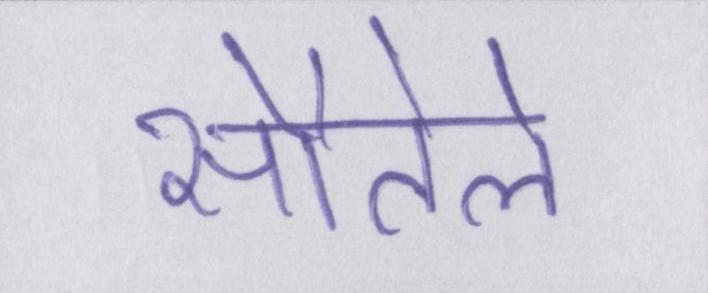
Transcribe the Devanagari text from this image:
सौतेले